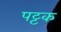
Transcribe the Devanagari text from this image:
पट्टक